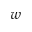
w